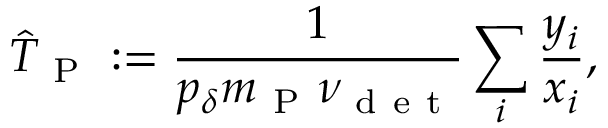
\hat { T } _ { \mathrm { ~ P ~ } } : = \frac { 1 } { p _ { \delta } m _ { \mathrm { ~ P ~ } } \nu _ { \mathrm { ~ d ~ e ~ t ~ } } } \sum _ { i } \frac { y _ { i } } { x _ { i } } ,